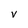
Character: V